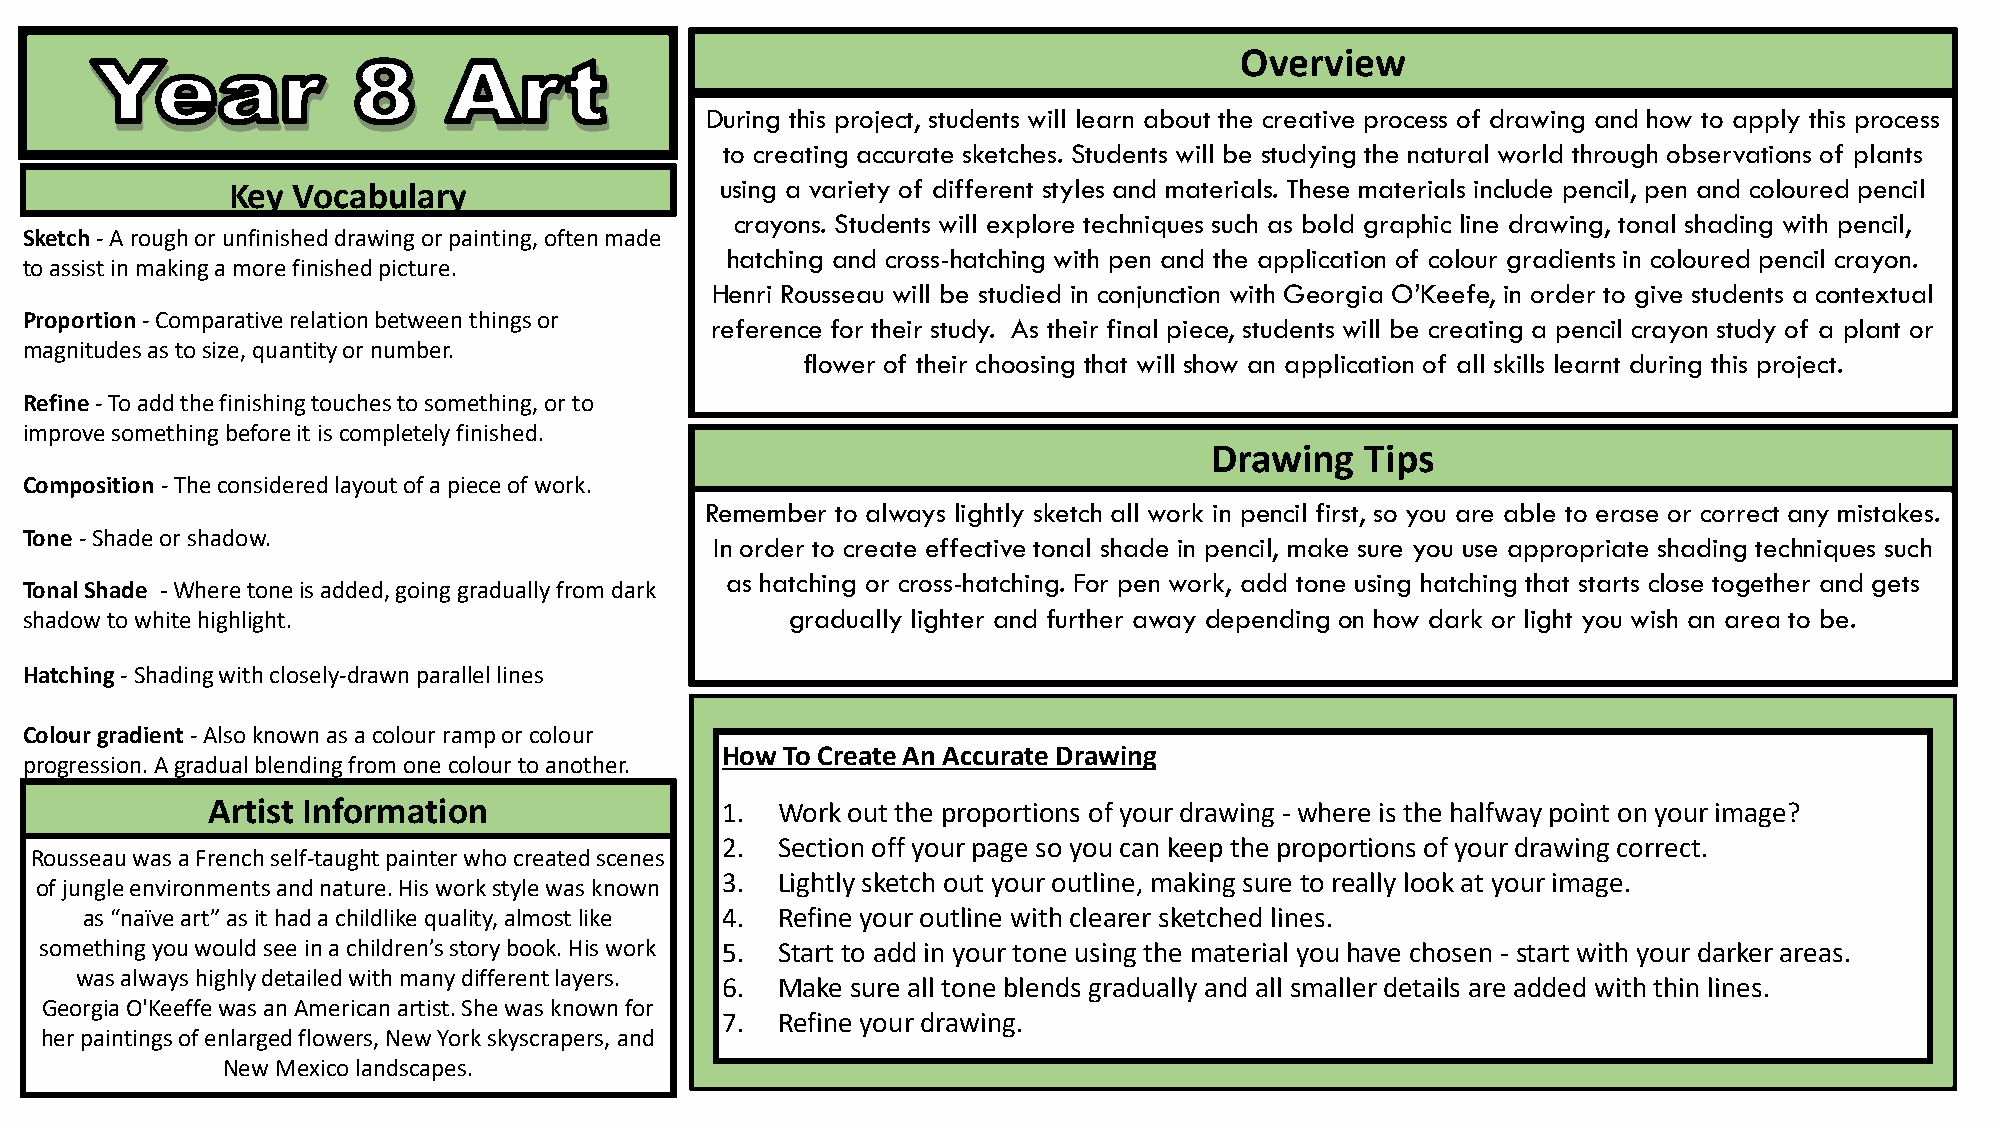
Overview
 During this project, students will learn about the creative process of drawing and how to apply this process
 to creating accurate sketches. Students will be studying the natural world through observations of plants
 using a variety of different styles and materials. These materials include pencil, pen and coloured pencil
 Key Vocabulary
 crayons. Students will explore techniques such as bold graphic line drawing, tonal shading with pencil,
 Sketch -A rough or unfinished drawing or painting, often made
 hatching and cross-hatching with pen and the application of colour gradients in coloured pencil crayon.
 to assist in making a more finished picture.
 Henri Rousseau will be studied in conjunction with Georgia O’Keefe, in order to give students a contextual
 Proportion-Comparative relation between things or reference for their study. As their final piece, students will be creating a pencil crayon study of a plant or
 magnitudes as to size, quantityornumber.
 flower of their choosing that will show an application of all skills learnt during this project.
 Refine-To add the finishing touches to something, or to
 improve something before it is completely finished.
 Drawing   Tips
 Composition -The considered layout of a piece of work.
 Remember to always lightly sketch all work in pencil first, so you are able to erase or correct any mistakes.
 Tone-Shade or shadow.
 In order to create effective tonal shade in pencil, make sure you use appropriate shading techniques such
 as hatching or cross-hatching. For pen work, add tone using hatching that starts close together and gets
 Tonal Shade -Where tone is added, going gradually from dark
 shadow to white highlight.                        gradually lighter and further away depending on how dark or light you wish an area to be.
 Hatching-Shading with closely-drawn parallel lines
 Colour gradient -Also known as a colour ramp or colour
 How To Create An Accurate Drawing
 progression.Agradual blending from one colour to another.
 Artist Information                1. Work out the proportions of your drawing - where is the halfway point on your image?
 2. Section off your page so you can keep the proportions of your drawing correct.
 Rousseau was a French self-taught painter who created scenes
 3. Lightly sketch out your outline, making sure to really look at your image.
 of jungle environments and nature. His work style was known
 as “naïve art” as it had a childlike quality,almost like 4. Refine your outline with clearer sketched lines.
 something you would see in a children’s story book. His work 5. Start to add in your tone using the material you have chosen - start with your darker areas.
 was always highly detailed with many different layers.
 6. Make sure all tone blends gradually and all smaller details are added with thin lines.
 Georgia O'Keeffe was an American artist. She was known for
 7. Refine your drawing.
 her paintings of enlarged flowers, New York skyscrapers, and
 New Mexico landscapes.